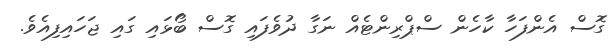
ގޮސް އެންފަހާ ކާހެން ސްޕްރިންޓެއް ނަގާ ދުވެފައި ގޮސް ބޯޅައި ގަައި ޖަހައިފިއެވެ.